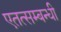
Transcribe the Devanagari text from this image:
एतत्सम्बन्धी